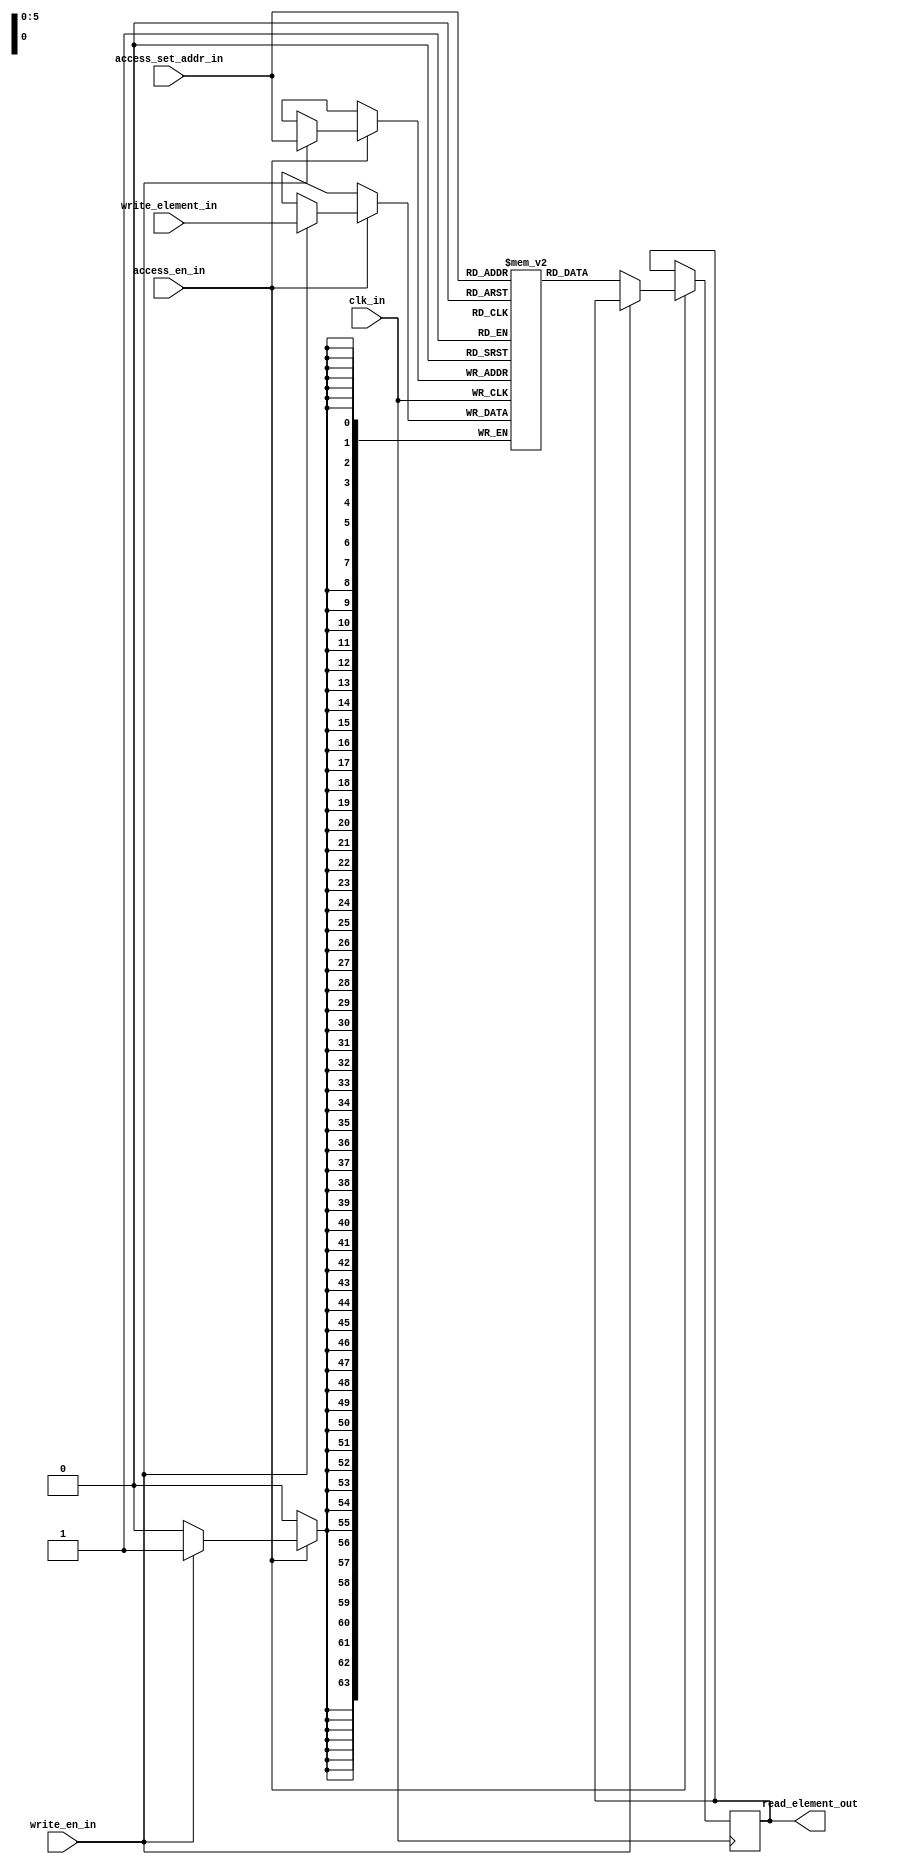
module single_port_blockram
#(
        parameter SINGLE_ELEMENT_SIZE_IN_BITS = 64,
        parameter NUMBER_SETS                 = 64,
        parameter SET_PTR_WIDTH_IN_BITS       = $clog2(NUMBER_SETS)
)
(
        input                                            clk_in,

        input                                            access_en_in,
        input                                            write_en_in,
        input      [SET_PTR_WIDTH_IN_BITS       - 1 : 0] access_set_addr_in,

        input      [SINGLE_ELEMENT_SIZE_IN_BITS - 1 : 0] write_element_in,
        output reg [SINGLE_ELEMENT_SIZE_IN_BITS - 1 : 0] read_element_out
);

(* ram_style = "block" *) reg [SINGLE_ELEMENT_SIZE_IN_BITS - 1 : 0] blockram [NUMBER_SETS - 1 : 0];

always @(posedge clk_in)
begin
        if(access_en_in)
        begin
                if(write_en_in)
                begin
                        blockram[access_set_addr_in] <= write_element_in;
                end

                else
                begin
                        read_element_out <= blockram[access_set_addr_in];        
                end
        end
end
endmodule